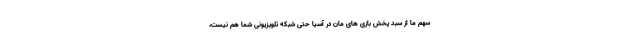
سهم ما از سبد پخش بازی های مان در آسیا حتی شبکه تلویزیونی شما هم نیست،